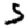
Digit: 5